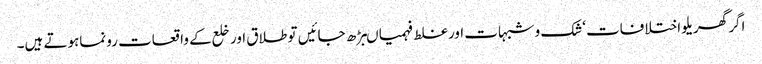
اگر گھریلو اختلافات‘شک وشبہات اورغلط فہمیاںبڑھ جائیں تو طلاق اور خلع کے واقعات رونماہوتے ہیں۔